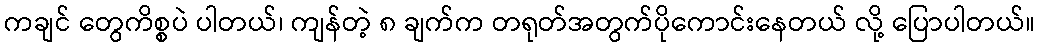
ကချင် တွေကိစ္စပဲ ပါတယ်၊ ကျန်တဲ့ ၈ ချက်က တရုတ်အတွက်ပိုကောင်းနေတယ် လို့ ပြောပါတယ်။